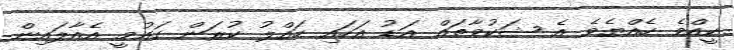
ކީއްވެ ހެއްޔެވެ އެ ޝަކުވާތައް އަޑު އަހައި ހައްލު ކުރަން ގައުމީ އެއާލައިން